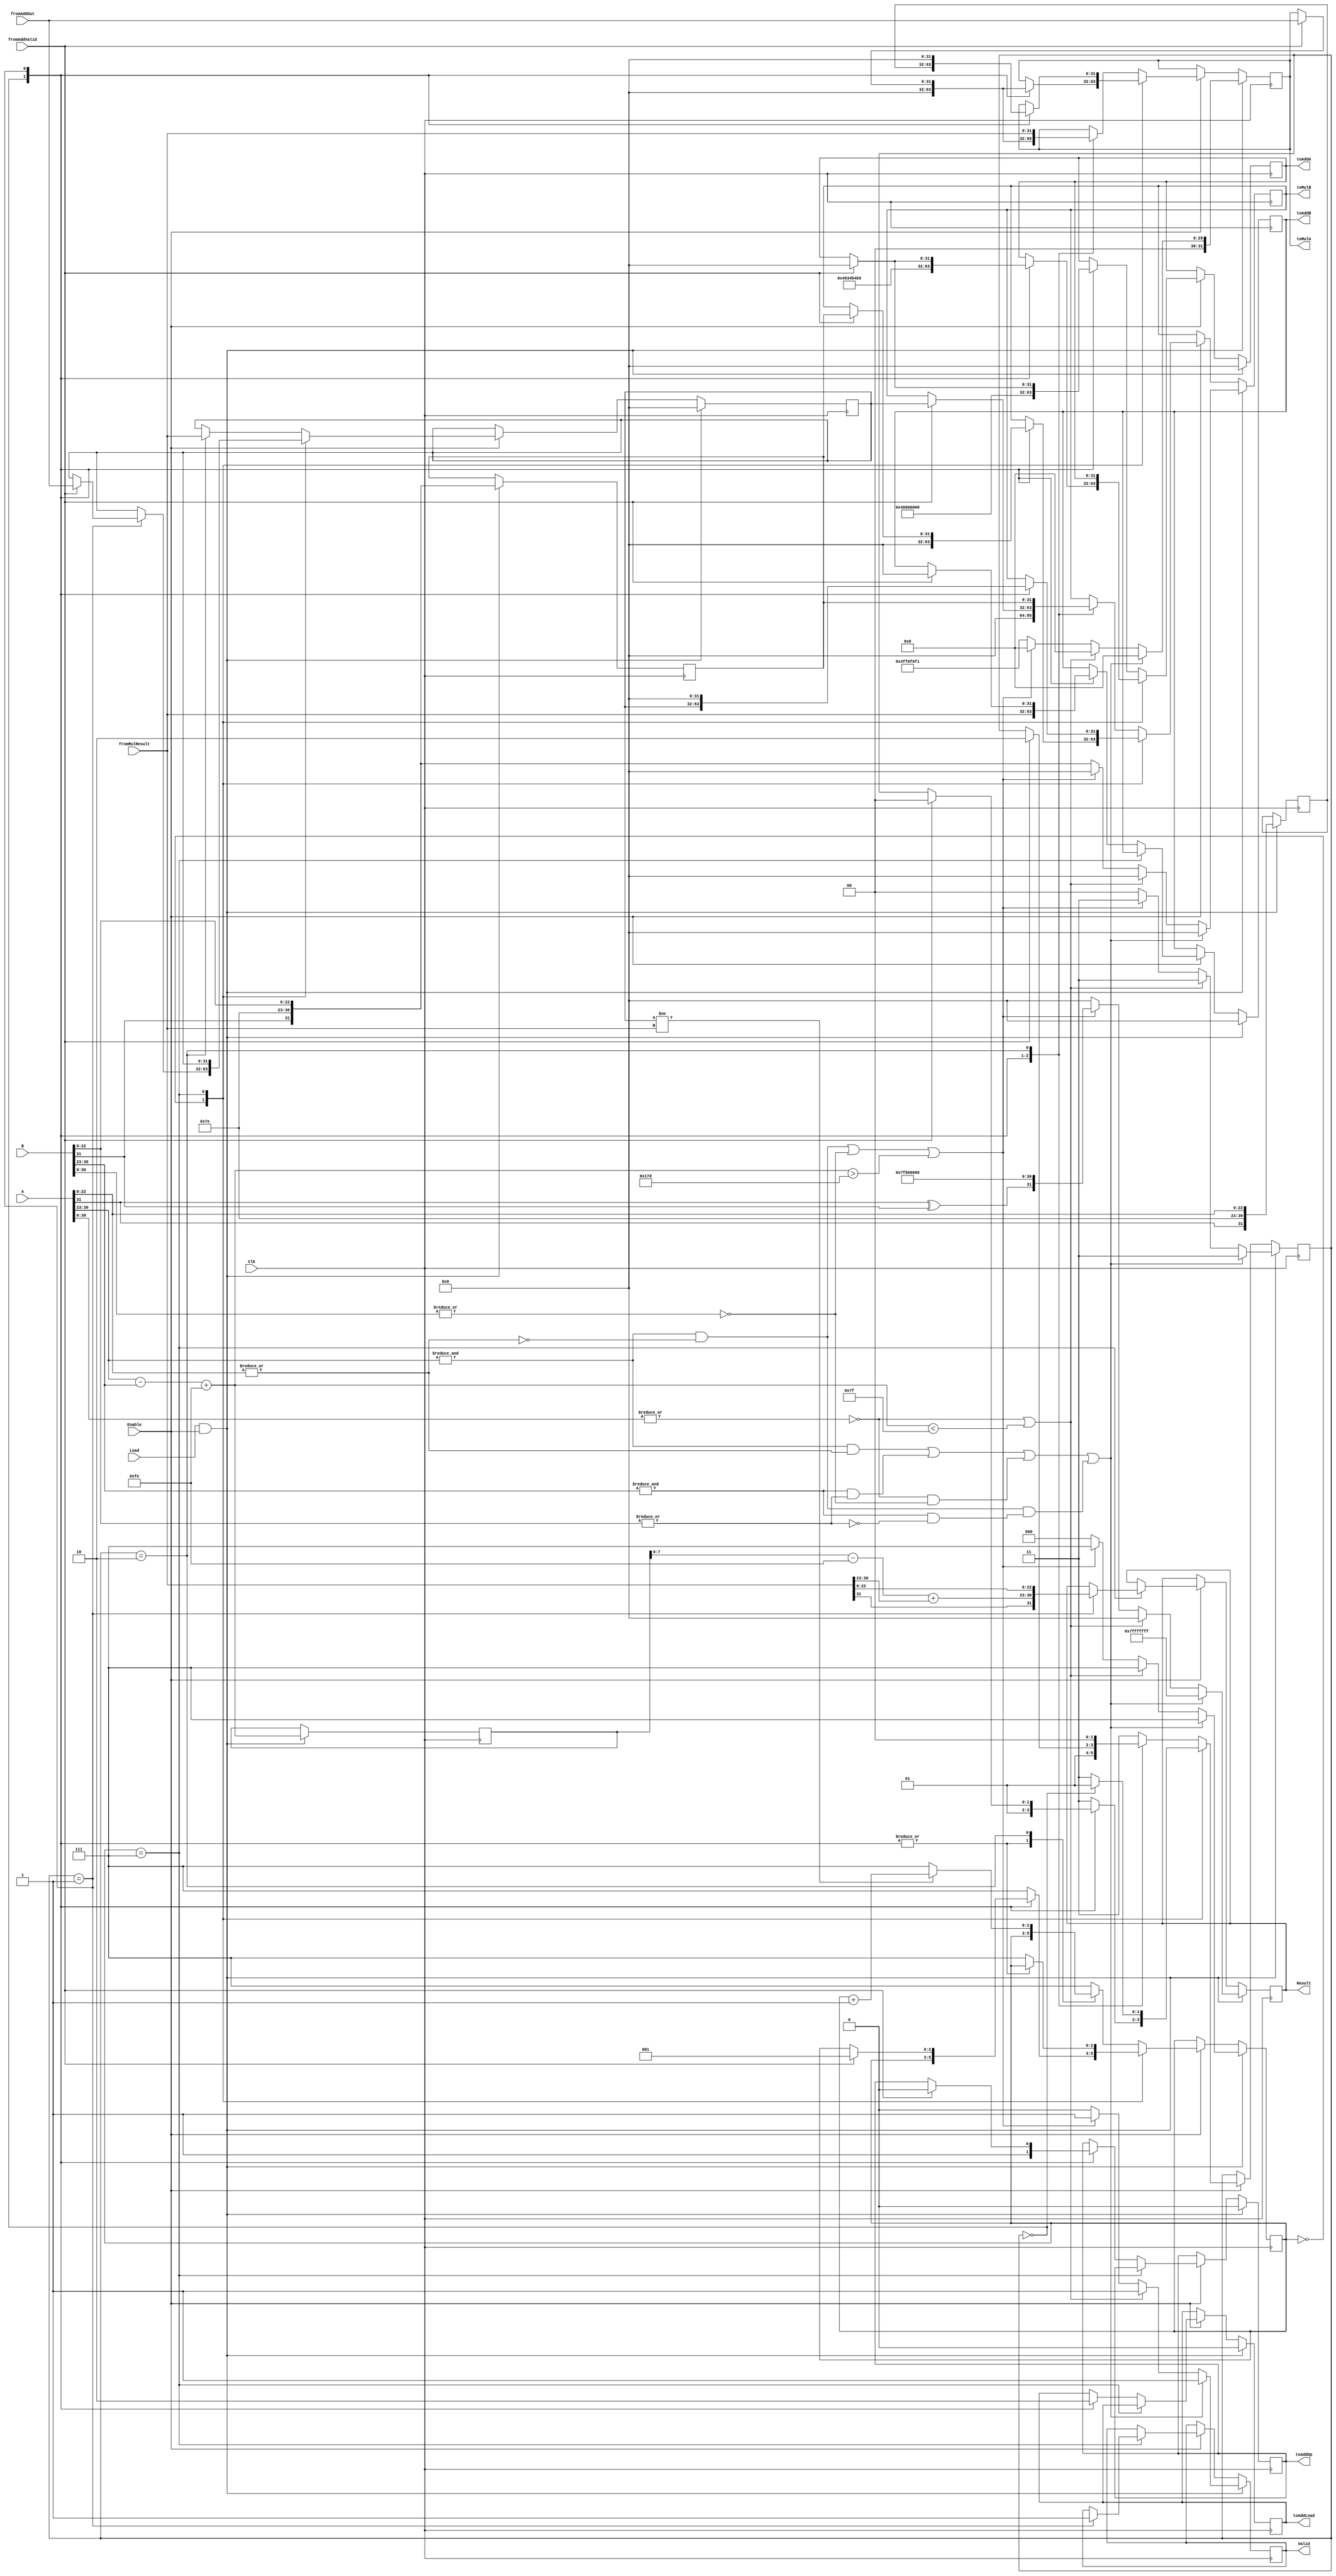
module FP_Divider
	#(
		//Parameter for single or double precision
		parameter PRECISION = 32
	) (
		// External Inputs
		input [PRECISION-1:0] A,
		input [PRECISION-1:0] B,
		input Load,
		input Enable,
		input Clk,
		// External Outputs
		output reg [PRECISION-1:0] Result, //Will be used for intermediate values too
		output reg Valid, // 1 if calculations are done
		// Inputs from adder and mul
		input fromAddValid,
		input [PRECISION-1:0] fromAddOut,
		input [PRECISION-1:0] fromMulResult,
		// Outputs to control adder and mul
		output reg [PRECISION-1:0] toAddA,
		output reg [PRECISION-1:0] toAddB,
		output reg toAddOp,
		output reg toAddLoad,
		output reg [PRECISION-1:0] toMulA,
		output reg [PRECISION-1:0] toMulB
	);

	// Constants
	localparam S = PRECISION - 1;
	localparam E = (PRECISION == 32) ? 30 : 62;
	localparam M = (PRECISION == 32) ? 22 : 51;
	localparam ZERO = (PRECISION==32) ? 32'b0_00000000_00000000000000000000000 : 64'b0_00000000000_0000000000000000000000000000000000000000000000000000;
	localparam HALF = (PRECISION==32) ? 32'b0_01111110_00000000000000000000000 : 64'b0_01111111110_0000000000000000000000000000000000000000000000000000;
	localparam ONE = (PRECISION==32) ? 32'b0_01111111_00000000000000000000000 : 64'b0_01111111111_0000000000000000000000000000000000000000000000000000;
	localparam THIRTYTWO_OVER_SEVENTEEN = (PRECISION==32) ? 32'b0_01111111_11100001111000011110001 : 64'b0_01111111111_1110000111100001111000011110000111100001111000011110;
	localparam TWO = (PRECISION==32) ? 32'b0_10000000_00000000000000000000000 : 64'b0_10000000000_0000000000000000000000000000000000000000000000000000;
	localparam FORTYEIGHT_OVER_SEVENTEEN = (PRECISION==32) ? 32'b0_10000000_01101001011010010110101 : 64'b0_10000000000_0110100101101001011010010110100101101001011010010111;
	localparam PINF = (PRECISION==32) ? 32'b0_11111111_00000000000000000000000 : 64'b0_11111111111_0000000000000000000000000000000000000000000000000000;
	localparam NINF = (PRECISION==32) ? 32'b1_11111111_00000000000000000000000 : 64'b1_11111111111_0000000000000000000000000000000000000000000000000000;
	localparam NAN = (PRECISION==32) ? 32'b0_11111111_11111111111111111111111 : 64'b0_11111111111_1111111111111111111111111111111111111111111111111111;

	// Helping Registers
	reg [PRECISION-1:0] StoredA; // Stores N
	reg [PRECISION-1:0] StoredB; // Stores D
	reg [PRECISION-1:0] StoredX; // Stores Xi
	reg [E+1:M+1] ExponentDifference;
	reg [2:0] IterationCounter;
	// reg [2:0] IterationCounter_Next;
	reg [1:0] StepCounter;
	// reg [2:0] StepCounter_Next;

	// Conditions on A
	wire isInf_A = (&A[E:M+1]) & (~|A[M:0]);
	wire isZero_A = ~|A[E:0];
	wire isNaN_A = (&A[E:M+1]) & (|A[M:0]);

	// Conditions on B
	wire isInf_B = (&B[E:M+1]) & (~|B[M:0]);
	wire isZero_B = ~|B[E:0];
	wire isNaN_B = (&B[E:M+1]) & (|B[M:0]);

	wire [E+1:M+1] exponentDifferenceCalculation = A[E:M+1] - B[E:M+1] + {ONE[E-1:M+1], 1'b0}; //check it works?
	wire [E:M+1] resultExponent = ExponentDifference[E+1:M+1] - {ONE[E:M+1], 1'b0} + fromMulResult[E:M+1];


//0 01110100 00000110001001001101111
//0 11111101 00101100111011010011001

	always @(posedge Clk) begin
		if (Load & Enable) begin
			StoredA <= {A[S], HALF[E:M+1], A[M:0]};
			StoredB <= {B[S], HALF[E:M+1], B[M:0]};
			// Add bias twice to simplify comparisons
			// let E = Ea - Eb + 2 * bias,
			// 0 <= Ea, Eb <= 2*bias given valid Ea and Eb
			// i.e (0 <= E <= 4 * bias) (unsigned comparison)
			// for valid output b <= E <= 3b
			// recall to adjust later
			ExponentDifference <= exponentDifferenceCalculation;
			StoredX <= {PRECISION{1'b0}};
			toAddA <= {PRECISION{1'b0}};
			toAddB <= {PRECISION{1'b0}};
			toAddOp <= 1'b0;
			toAddLoad <= 1'b0;
			if (isNaN_A | isNaN_B | (isZero_A & isZero_B) | (isInf_A & isInf_B)) begin //NaN cases
				IterationCounter <= 3'b111;
				StepCounter <= 2'b11;
				Valid <= 1'b1;
				Result <= NAN;
				toMulA <= {PRECISION{1'b0}};
				toMulB <= {PRECISION{1'b0}};
			end
			else if (isZero_A | (exponentDifferenceCalculation < ONE[E+1:M+1])) begin //underflow
				IterationCounter <= 3'b111;
				StepCounter <= 2'b11;
				Valid <= 1'b1;
				Result <= ZERO;
				toMulA <= {PRECISION{1'b0}};
				toMulB <= {PRECISION{1'b0}};
			end
			else if (isInf_A | isZero_B | (exponentDifferenceCalculation > (3 * ONE[E-1:M+1]))) begin //Inf cases and overflow
				IterationCounter <= 3'b111;
				StepCounter <= 2'b11;
				Valid <= 1'b1;
				Result <= {A[S] ^ B[S],PINF[E:0]};
				toMulA <= {PRECISION{1'b0}};
				toMulB <= {PRECISION{1'b0}};
			end
			else begin
				IterationCounter <= 3'b000;
				StepCounter <= 2'b00;
				Valid <= 1'b0;
				//Perform 31/17 * B
				Result <= {PRECISION{1'b0}};
				toMulA <= THIRTYTWO_OVER_SEVENTEEN;
				toMulB <= {B[S], HALF[E:M+1], B[M:0]};
			end
		end
		else if (Enable) begin
			case (IterationCounter)
				3'b000: begin
					case (StepCounter)
						2'b00: begin
							StepCounter <= 2'b01;
							// Disable multiplier
							toMulA <= ZERO;
							toMulB <= ZERO;
							// Result <= fromMulResult;
							// Perform 48/17 - Product
							toAddA <= FORTYEIGHT_OVER_SEVENTEEN;
							toAddB <= fromMulResult;
							toAddOp <= 1'b1;
							toAddLoad <= 1'b1;
						end
						2'b01: begin //Adder
							toAddLoad <= 1'b0;
							if (fromAddValid) begin
								IterationCounter <= 3'b001;
								StepCounter <= 2'b00;
								// Disable Adder
								toAddA <= ZERO;
								toAddB <= ZERO;
								toAddOp <= 1'b0;
								// Store x0
								StoredX <= fromAddOut;
								// Perform x0D
								toMulA <= fromAddOut;
								toMulB <= StoredB;
							end
						end
						default: begin
							IterationCounter <= 3'b111;
							StepCounter <= 2'b11;
						end
					endcase
				end
				3'b111: begin
					case (StepCounter)
						2'b00: begin
							StepCounter <= 2'b01;
							// Discard output from multiplier
							// Perform N * x(n)
							toMulA <= StoredA;
							toMulB <= StoredX;
						end
						2'b01: begin // Renormalize
							StepCounter <= 2'b11;
							Result <= {fromMulResult[S], resultExponent, fromMulResult[M:0]};
							toMulA <= ZERO;
							toMulB <= ZERO;
							Valid <= 1'b1;
						end
						default: begin
							IterationCounter <= 3'b111;
							StepCounter <= 2'b11;
						end
					endcase
				end
				default: begin
					case (StepCounter)
						2'b00: begin
							StepCounter <= 2'b01;
							// Disable multiplier
							toMulA <= ZERO;
							toMulB <= ZERO;
							// Perform 2 - x(n-1)D
							toAddA <= TWO;
							toAddB <= fromMulResult;
							toAddOp <= 1'b1;
							toAddLoad <= 1'b1;
						end
						2'b01: begin //Adder
							toAddLoad <= 1'b0;
							if (fromAddValid) begin
								StepCounter <= 2'b10;
								// Disable Adder
								toAddA <= ZERO;
								toAddB <= ZERO;
								toAddOp <= 1'b0;
								// Perform x(n-1) (2- x(n-1)D)
								toMulA <= fromAddOut;
								toMulB <= StoredX;
							end
						end
						3'b10: begin
							//Increment n
							if (StoredX != fromMulResult)
								IterationCounter <= IterationCounter + 3'b001;
							else
								IterationCounter <= 3'b111;
							StepCounter <= 2'b00;
							// Store x(n)
							StoredX <= fromMulResult;
							// Perform x(n)D
							toMulA <= fromMulResult;
							toMulB <= StoredB;
						end
						default: begin
							IterationCounter <= 3'b111;
							StepCounter <= 2'b11;
						end
					endcase
				end
			endcase
		end
	end

endmodule